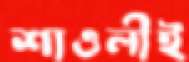
শাওলীই